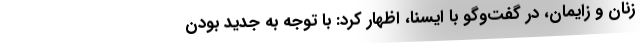
زنان و زایمان، در گفت‌وگو با ایسنا، اظهار کرد: با توجه به جدید بودن